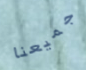
جميعنا